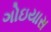
ગોઇયાસ